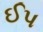
ઈપ